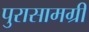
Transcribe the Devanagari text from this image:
पुरासामग्री